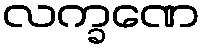
လက္ခဏေ